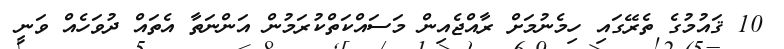
10 ޤައުމުގެ ތެރޭގައި ހިމެނުމަށް ރާއްޖެއިން މަސައްކަތްކުރަމުން އަންނަތާ އެތައް ދުވަހެއް ވަނީ